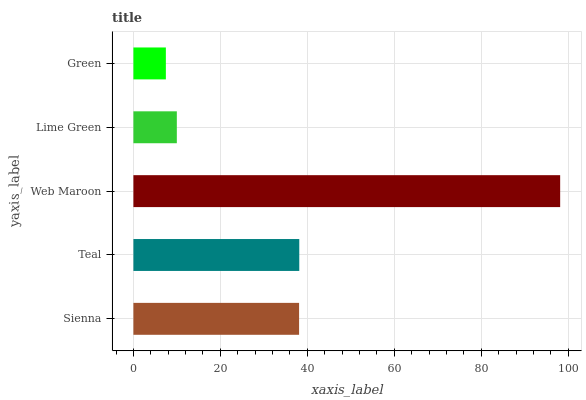
| yaxis_label | bars |
 | --- | --- |
 | Sienna | 38.1 |
 | Teal | 38.1 |
 | Web Maroon | 98.1 |
 | Lime Green | 9.99 |
 | Green | 7.46 |